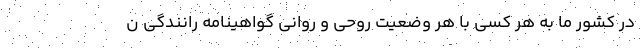
در کشور ما به هر کسی با هر وضعیت روحی و روانی گواهینامه رانندگی ن